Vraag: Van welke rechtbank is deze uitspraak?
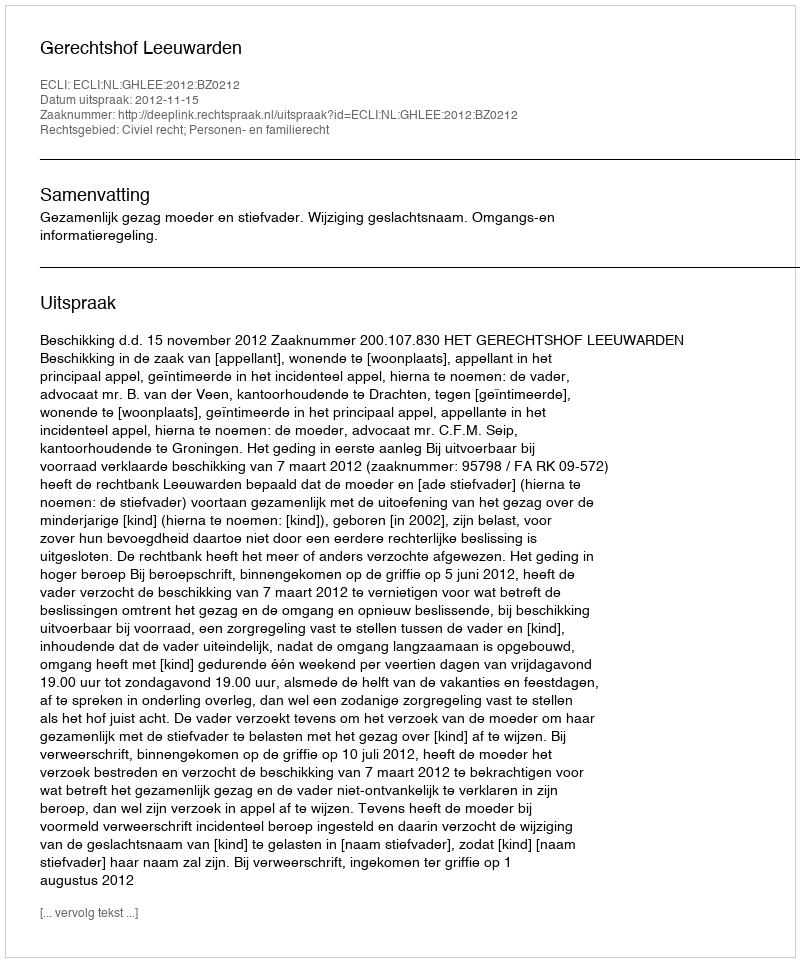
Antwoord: Gerechtshof Leeuwarden